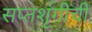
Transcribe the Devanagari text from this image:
सप्तशृंगीची